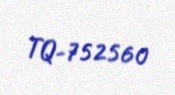
TQ-752560